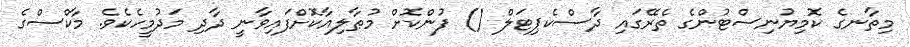
މިތާނގެ ކޮމިޔުނިސްޓުންގެ ތެރޭގައި ދާސްކެޕިޓަލް () ފުންކޮށް މުޠާލިއާކޮށްފައިވާނީ ދާދި މަދުމީހެކެވެ. މާކްސްގެ